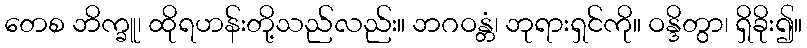
တေစ ဘိက္ခူ၊ ထိုရဟန်းတို့သည်လည်း။ ဘဂဝန္တံ၊ ဘုရားရှင်ကို။ ဝန္ဒိတွာ၊ ရှိခိုး၍။